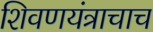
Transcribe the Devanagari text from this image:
शिवणयंत्राचाच